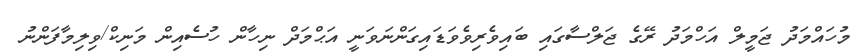
މުހައްމަދު ޖަމީލް އަހްމަދު ރޭގެ ޖަލްސާގައި ބައިވެރިވެވަޑައިގަންނަވަނީ އަޙްމަދް ނިހާން ހުސެއިން މަނިކް/ވިލިމާފަންނު